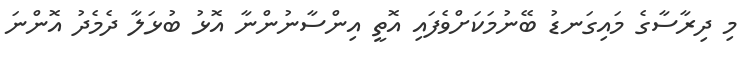
މި ދިރާސާގެ މައިގަނޑު ބޭނުމަކަށްވެފައި އޮތީ އިންސާނުންނާ އޮޅު ބުޅަލާ ދެމެދު އޮންނަ